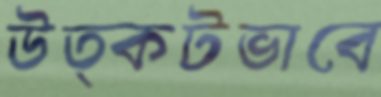
উত্কটভাবে